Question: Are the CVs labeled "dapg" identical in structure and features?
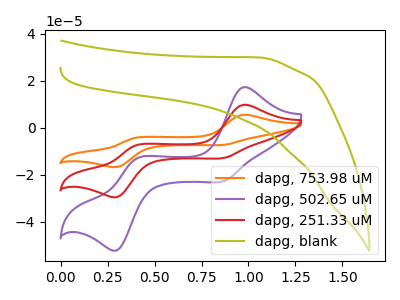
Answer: <think>The orange curve "dapg, 753.98 uM" has anodic peaks at (1.00V, 19.55uA) (0.40V, -14.85uA) and cathodic peaks at (0.85V, -25.55uA) (0.30V, -58.70uA). The purple curve "dapg, 502.65 uM" has anodic peaks at (1.00V, 17.25uA) (0.40V, -13.15uA) and cathodic peaks at (0.85V, -22.60uA) (0.30V, -51.90uA). The red curve "dapg, 251.33 uM" has anodic peaks at (1.00V, 9.75uA) (0.40V, -7.45uA) and cathodic peaks at (0.85V, -12.80uA) (0.30V, -29.35uA). The olive curve "dapg, blank" has no peaks.
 All the peaks in "dapg, 753.98 uM" have a peak in "dapg, 502.65 uM" at the same potential. All the peaks in "dapg, 753.98 uM" have a peak in "dapg, 251.33 uM" at the same potential. "dapg, 753.98 uM" and "dapg, blank" have a different number of peaks. All the peaks in "dapg, 502.65 uM" have a peak in "dapg, 251.33 uM" at the same potential. "dapg, 502.65 uM" and "dapg, blank" have a different number of peaks. "dapg, 251.33 uM" and "dapg, blank" have a different number of peaks.</think>
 <answer>All the CV's of "dapg" have similar shape.</answer>
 <eval>follow_rule</eval>